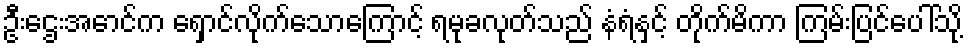
ဦးဌေးအောင်က ရှောင်လိုက်သောကြောင့် ရမုခလုတ်သည် နံရံနှင့် တိုက်မိကာ ကြမ်းပြင်ပေါ်သို့